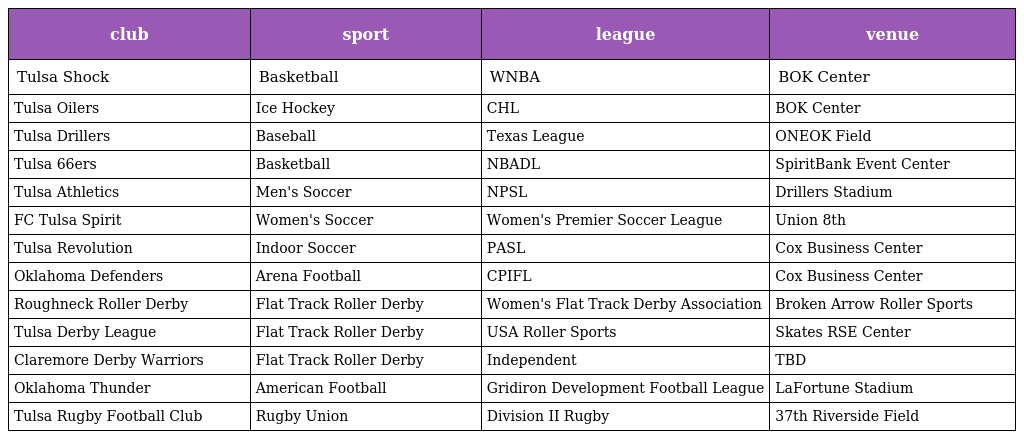
| club | sport | league | venue |
 | --- | --- | --- | --- |
 | Tulsa Shock | Basketball | WNBA | BOK Center |
 | Tulsa Oilers | Ice Hockey | CHL | BOK Center |
 | Tulsa Drillers | Baseball | Texas League | ONEOK Field |
 | Tulsa 66ers | Basketball | NBADL | SpiritBank Event Center |
 | Tulsa Athletics | Men's Soccer | NPSL | Drillers Stadium |
 | FC Tulsa Spirit | Women's Soccer | Women's Premier Soccer League | Union 8th |
 | Tulsa Revolution | Indoor Soccer | PASL | Cox Business Center |
 | Oklahoma Defenders | Arena Football | CPIFL | Cox Business Center |
 | Roughneck Roller Derby | Flat Track Roller Derby | Women's Flat Track Derby Association | Broken Arrow Roller Sports |
 | Tulsa Derby League | Flat Track Roller Derby | USA Roller Sports | Skates RSE Center |
 | Claremore Derby Warriors | Flat Track Roller Derby | Independent | TBD |
 | Oklahoma Thunder | American Football | Gridiron Development Football League | LaFortune Stadium |
 | Tulsa Rugby Football Club | Rugby Union | Division II Rugby | 37th Riverside Field |